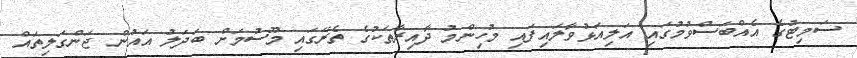
ސަމިޓުގެ އެއްބަސްވުމުގައި އަލިއަޅުވާލައިފައި މުހިންމު ދާއިރާތަކުގެ ތެރޭގައި މޫސުމަށް ބަދަލު އައުން ޖަންގަލިތައް